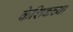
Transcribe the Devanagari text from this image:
केशिकच्या